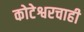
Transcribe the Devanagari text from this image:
कोटेश्वरचाही